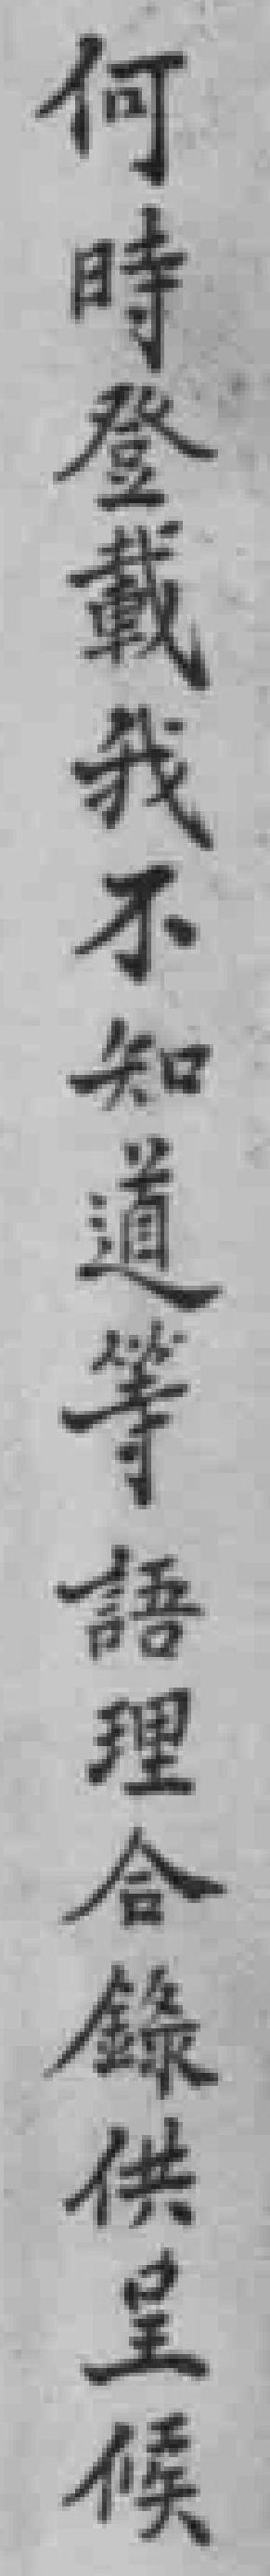
何時登载我不知道等語理合錄供呈候